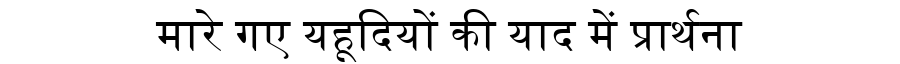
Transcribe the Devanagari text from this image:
मारे गए यहूदियों की याद में प्रार्थना